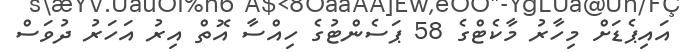
އައިޕެޑަށް މިހާރު މާކެޓްގެ 58 ޕަސެންޓުގެ ހިއްސާ އޮތް އިރު އަހަރު ދުވަސް